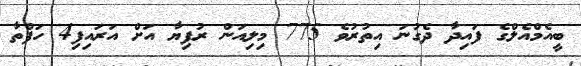
ބީއެމްއެލްގެ ފައިދާ ދެގުނަ އިތުރުވެ 775 މިލިއަން ރުފިޔާ އަށް އަރައިފި4 ހަފްތާ